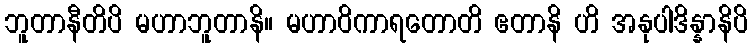
ဘူတာနီတိပိ မဟာဘူတာနိ။ မဟာဝိကာရတောတိ ဧတာနိ ဟိ အနုပါဒိန္နာနိပိ